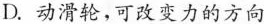
D.动滑轮，可改变力的方向